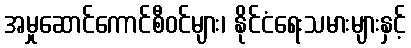
အမှုဆောင်ကောင်စီဝင်များ၊ နိုင်ငံရေးသမားများနှင့်